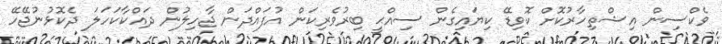
ވެކްސިން އިޝްތިހާރުކޮށް ކޮވިޑޭ ކިޔައިގެން ސިއްޙީ ބިރުވެރިކަން އުފައްދަން ޖާހިލުން ދައްކާކަހަލަ ދެކޮޅުނުޖޭހޭ